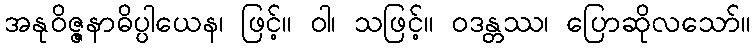
အနုဝိဇ္ဇနာဓိပ္ပါယေန၊ ဖြင့်။ ဝါ၊ သဖြင့်။ ဝဒန္တဿ၊ ပြောဆိုလသော်။